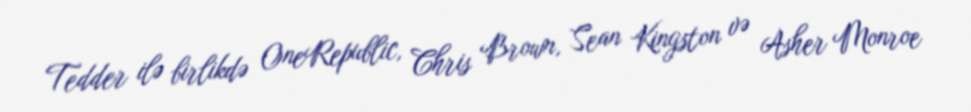
Tedder ilə birlikdə OneRepublic, Chris Brown, Sean Kingston və Asher Monroe